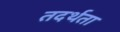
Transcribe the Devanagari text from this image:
तदर्थता